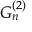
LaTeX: G _ { n } ^ { ( 2 ) }